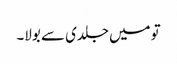
تو میں جلدی سے بولا۔